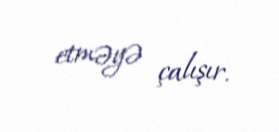
etməyə çalışır.